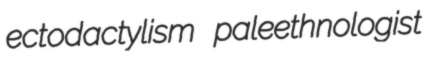
ectodactylism paleethnologist